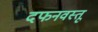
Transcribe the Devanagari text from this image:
दफनवस्तू